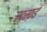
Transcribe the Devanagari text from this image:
रदरफ़र्ड